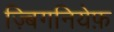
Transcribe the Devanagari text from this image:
ज़्बिगनियेफ़